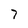
Character: 7